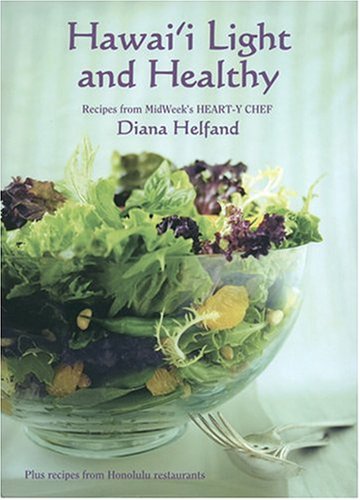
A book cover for Hawai'i Light and Healthy: Recipes from Midweek's Heart-Y Chef; Diana Helfand; Cookbooks, Food & Wine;